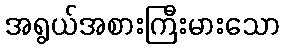
အရွယ်အစားကြီးမားသော